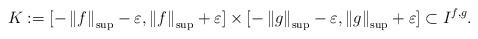
LaTeX: \begin{align*}K:=[-\left\|f\right\|_{\sup}-\varepsilon,\left\|f\right\|_{\sup}+\varepsilon]\times [-\left\|g\right\|_{\sup}-\varepsilon,\left\|g\right\|_{\sup}+\varepsilon]\subset I^{f,g}.\end{align*}